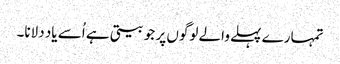
تمہارے پہلے والے لوگوں پر جو بیتی ہے اُسے یاد دلانا۔